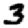
Digit: 3